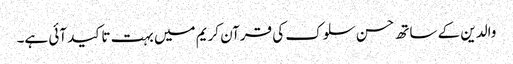
والدین کے ساتھ حسن سلوک کی قرآن کریم میں بہت تاکید آئی ہے۔